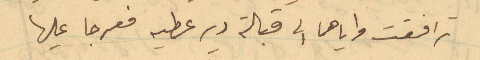
ترافقت واياهما الى قبالة دير عطيه فعرجا عليها